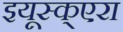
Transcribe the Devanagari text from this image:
इयूस्क्एरा